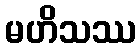
မဟိသဿ